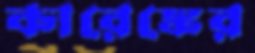
কারেঙ্কের